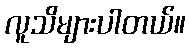
လူသိများပါတယ်။